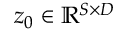
\boldsymbol { z } _ { 0 } \in \mathbb { R } ^ { S \times D }